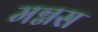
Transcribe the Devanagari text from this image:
मग्नस